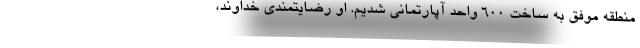
منطقه موفق به ساخت ٦٠٠ واحد آپارتماني شدیم. او رضایتمندی خداوند،